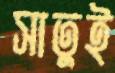
সাতুই